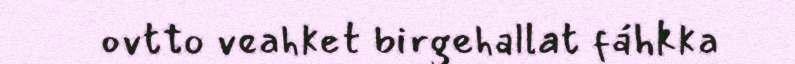
ovtto veahket birgehallat fáhkka